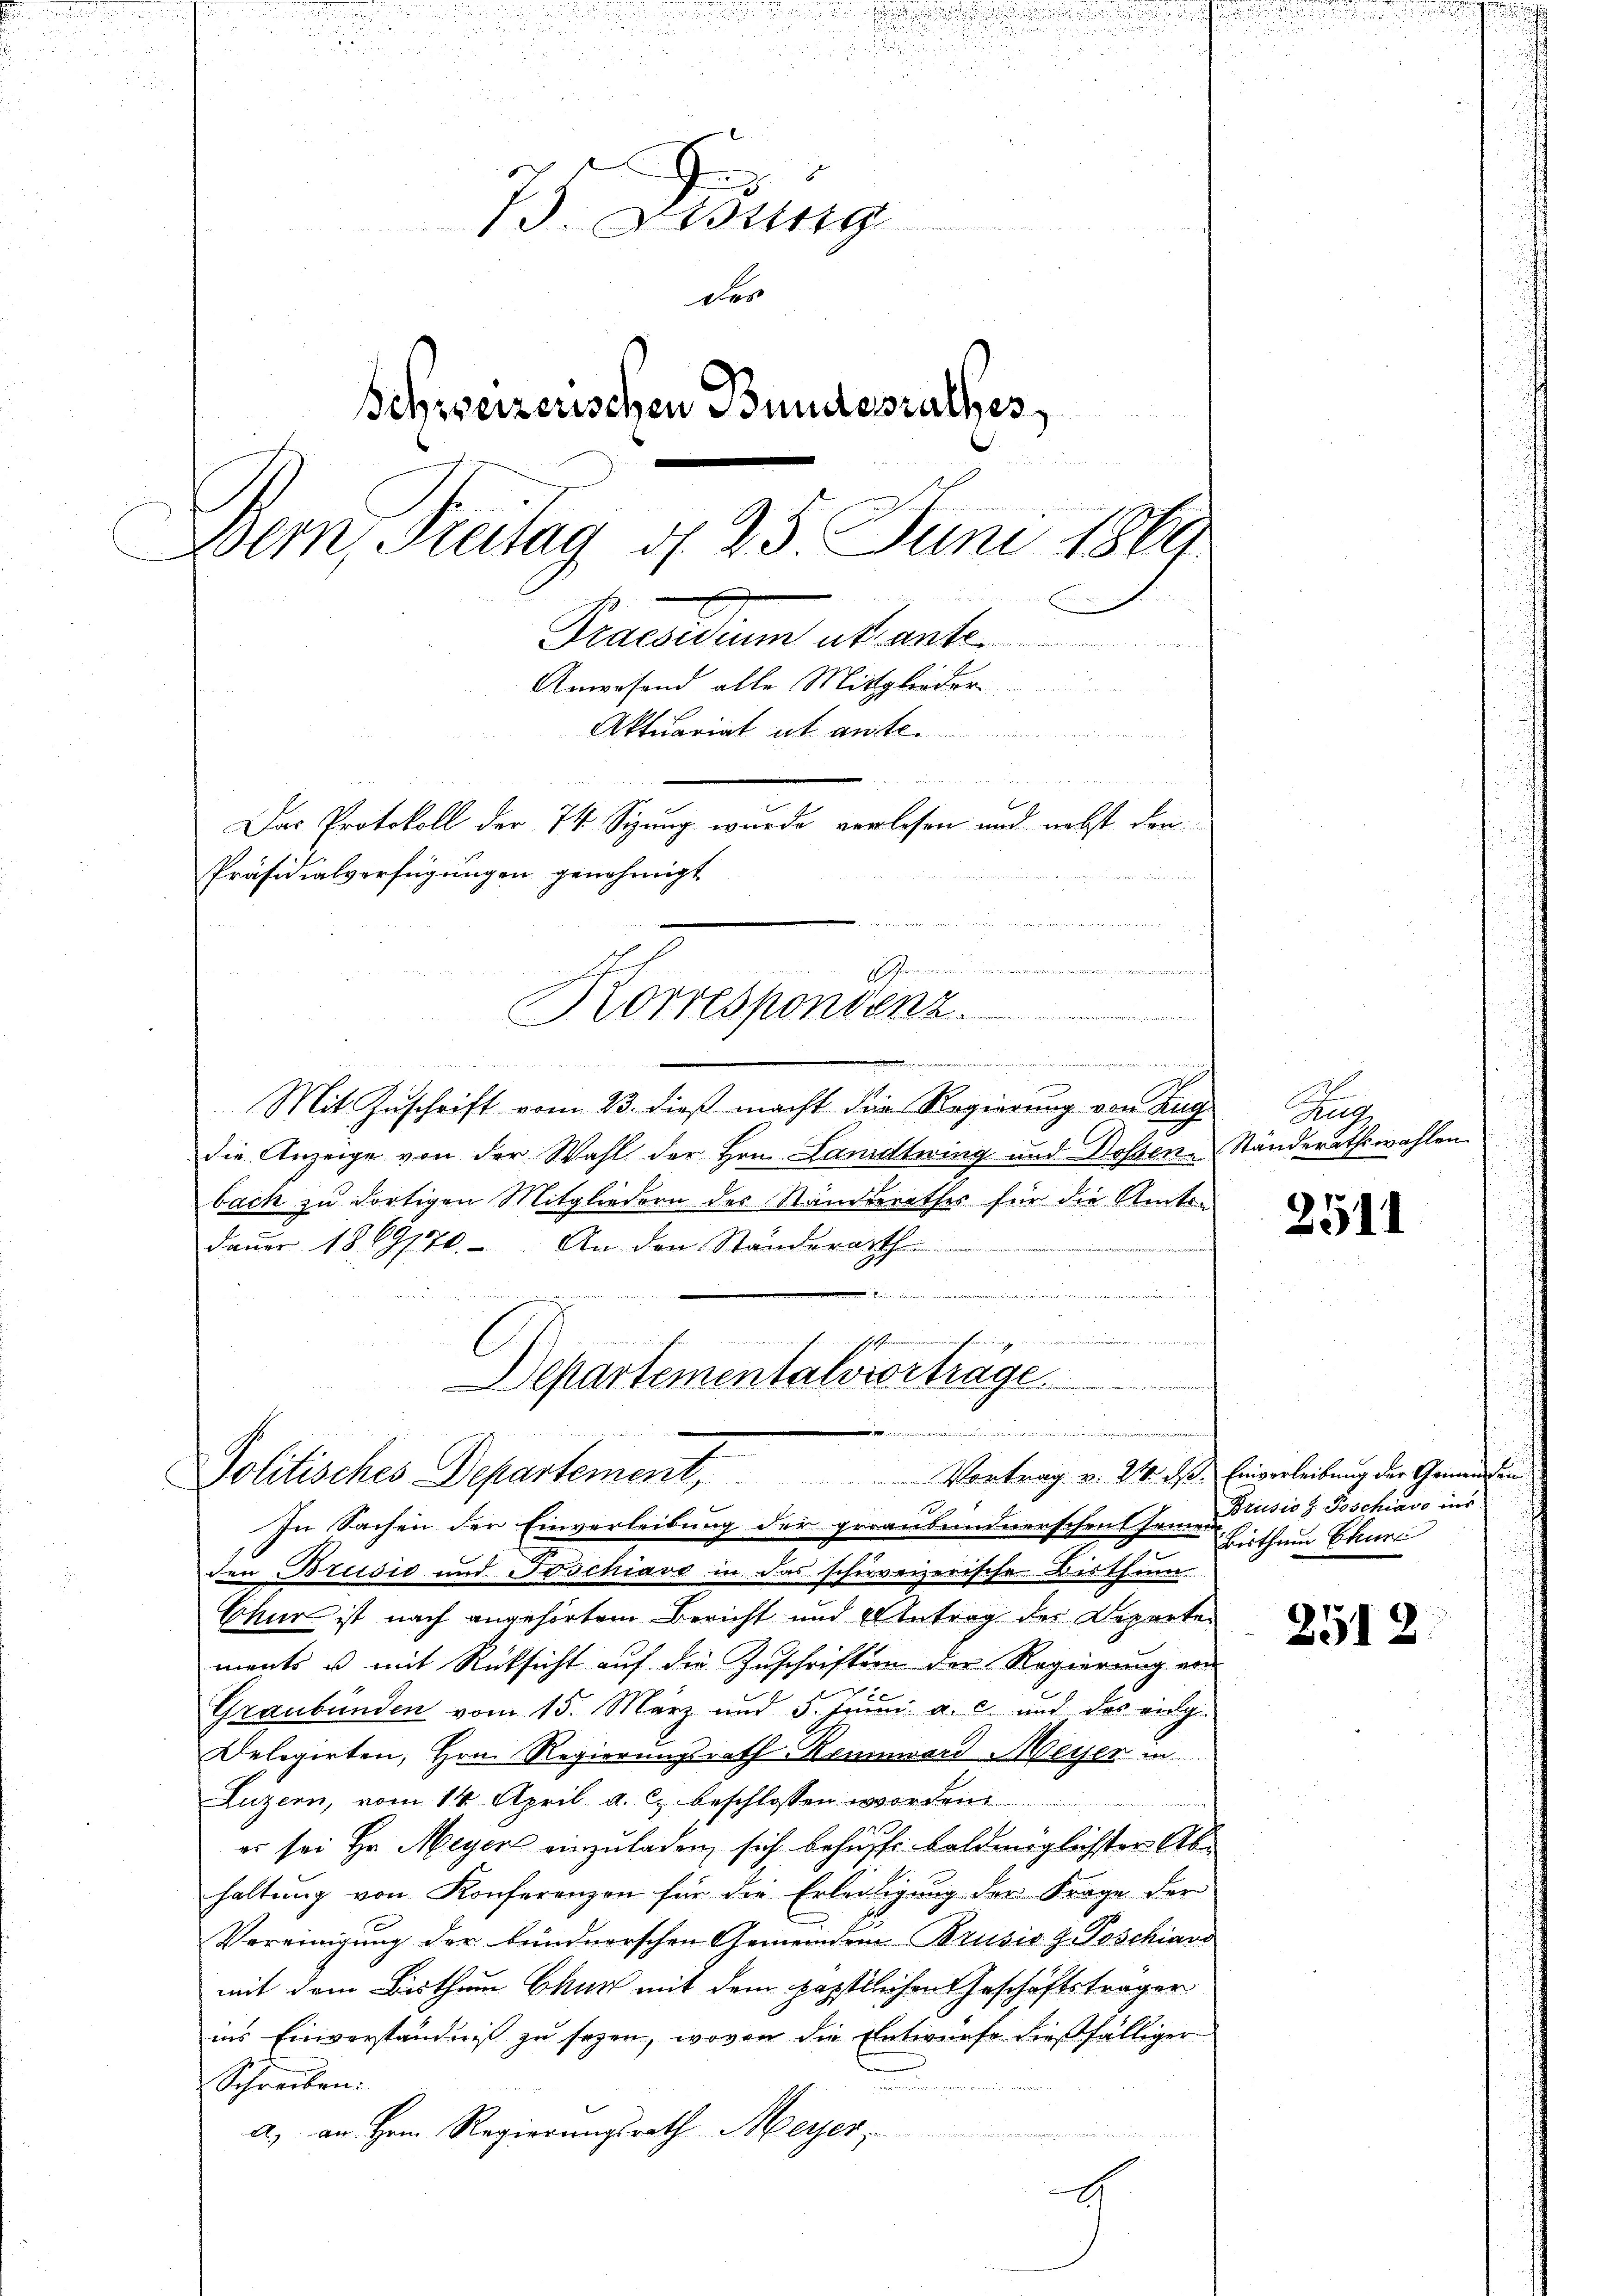
G
1. Lesung
der
Schweizerischen Bundesrathes,

Bern, Freitag d. 25. Juni 1869.
Praesiduum abante
Anwesend alle Mittglieder
 genen einem geme
Aktuariat it ant

b
Das Protokoll der 74. Sizung wurde verlesen und nebst den
Präsidialverfügungen genehmigt

 , in den den habe

ununt
Mit Zuschrift vom 23. dieß macht die Regierung von Zug
die Anzeige von der Wahl der Hrn. Landtwing und Dosen-Ständerathswahlen
bach zu dortigen Mitgliedern des Standesrathes für die Amtsn
dauer 1869170. An der Standerath
¬
 Keinen w
einwerfen in nach sie freien
.

.
Korrespondenz

Departementalvorträge.
d
K
Politisches Departement, Vortrag v. 24. das Einverleitung der Gemeinden
In Sachen der Einverleibung der prianbundnerschent Ermen

den Brusio und Joschiavo in das schreizerische Bisthum
Chur ist nach angehörtem Bericht und Antrag der Departe
ments u. mit Rücksicht auf die Zuschriften der Regierung von
4 x
Graubünden vom 15. März und 5. Juni a. c. und des eig-
Delegirten, Hrn. Regierungsrath Rennward Meyer in
Luzern, vom 14. April a. c. beschlossen worden.
es sei Hr. Meyer einzuladen, sich behufs baldmöglichster Abhaltung von Konferenzen für die Erledigung der Frage der
Vereinigung der bundnerschen Gemeindem Brusio J. Poschiavo
mit dem Bisthum Chur mit dem päpstlichen Geschäftsträger
ins Einverständniß zu sezen, wovon die Entwurfe dießfälliger
Schreiben:
a) an Hrn. Regierŭngsrath Meyer,

E

Aug

2511

Brusio H. Poschiavo ins
Bisthum Churi

2512